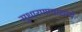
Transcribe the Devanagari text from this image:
सुधारणावाद्यांचे